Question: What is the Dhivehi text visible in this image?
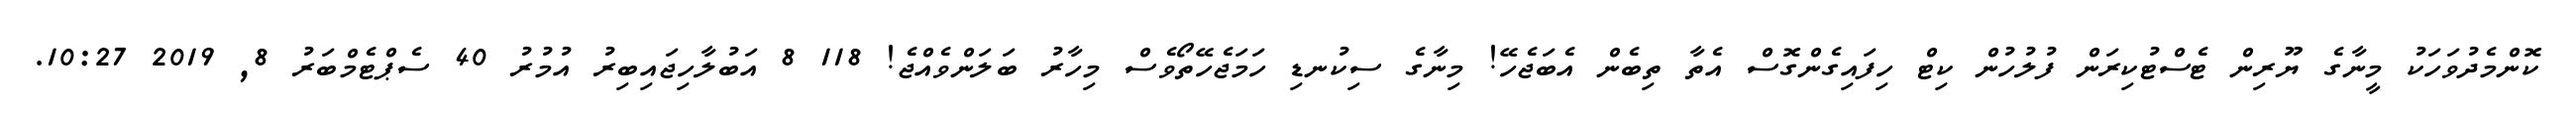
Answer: ކޮންމެދުވަހަކު މީނާގެ ޔޫރިން ޓެސްޓުކިރަން ފުލުހުން ކިޓް ހިފައިގެންގޮސް އެތާ ތިބެން އެބަޖެހޭ! މިނާގެ ސިކުނޑި ހަމަޖެހޭތޯވެސް މިހާރު ބަލަންވެއްޖެ! 118 8 އަބުލާހިޖައިބިރު އުމުރު 40 ސެޕްޓެމްބަރު 8, 2019 10:27.